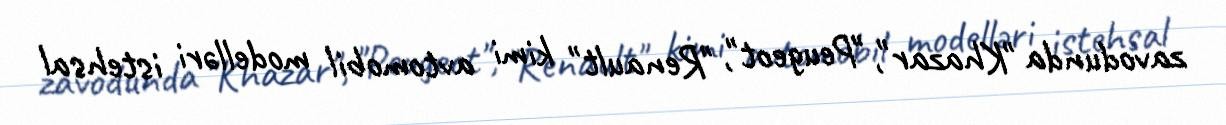
zavodunda "Khazar", "Peugeot", "Renault" kimi avtomobil modelləri istehsal